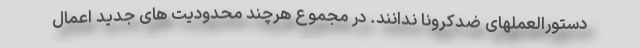
دستورالعملهای ضدکرونا ندانند. در مجموع هرچند محدودیت های جدید اعمال